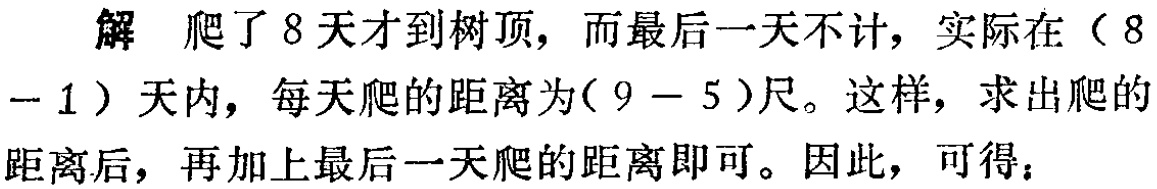
解 爬了 8 天才到树顶，而最后一天不计，实际在（8

- 1）天内，每天爬的距离为(9 - 5)尺。这样，求出爬的

距离后，再加上最后一天爬的距离即可。因此，可得：